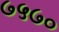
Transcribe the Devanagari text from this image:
७५७०